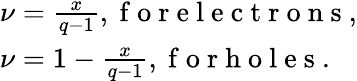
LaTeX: \begin{array}{l}{\nu=\frac{x}{q-1},\mathrm{~f~o~r~e~l~e~c~t~r~o~n~s~},}\\ {\nu=1-\frac{x}{q-1},\mathrm{~f~o~r~h~o~l~e~s~}.}\end{array}